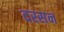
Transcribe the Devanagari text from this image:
दस्सन